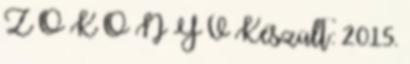
Z Ő K Ö N Y V Készült: 2015.